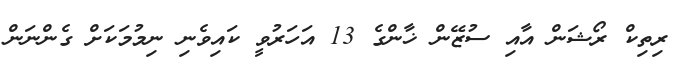
ރިތިކް ރޯޝަން އާއި ސުޒޭން ޚާންގެ 13 އަހަރުވީ ކައިވެނި ނިމުމަކަށް ގެންނަން